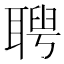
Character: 𦖳